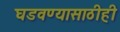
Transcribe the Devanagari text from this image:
घडवण्यासाठीही